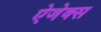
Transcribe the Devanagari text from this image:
ऐजेक्स